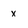
Character: x